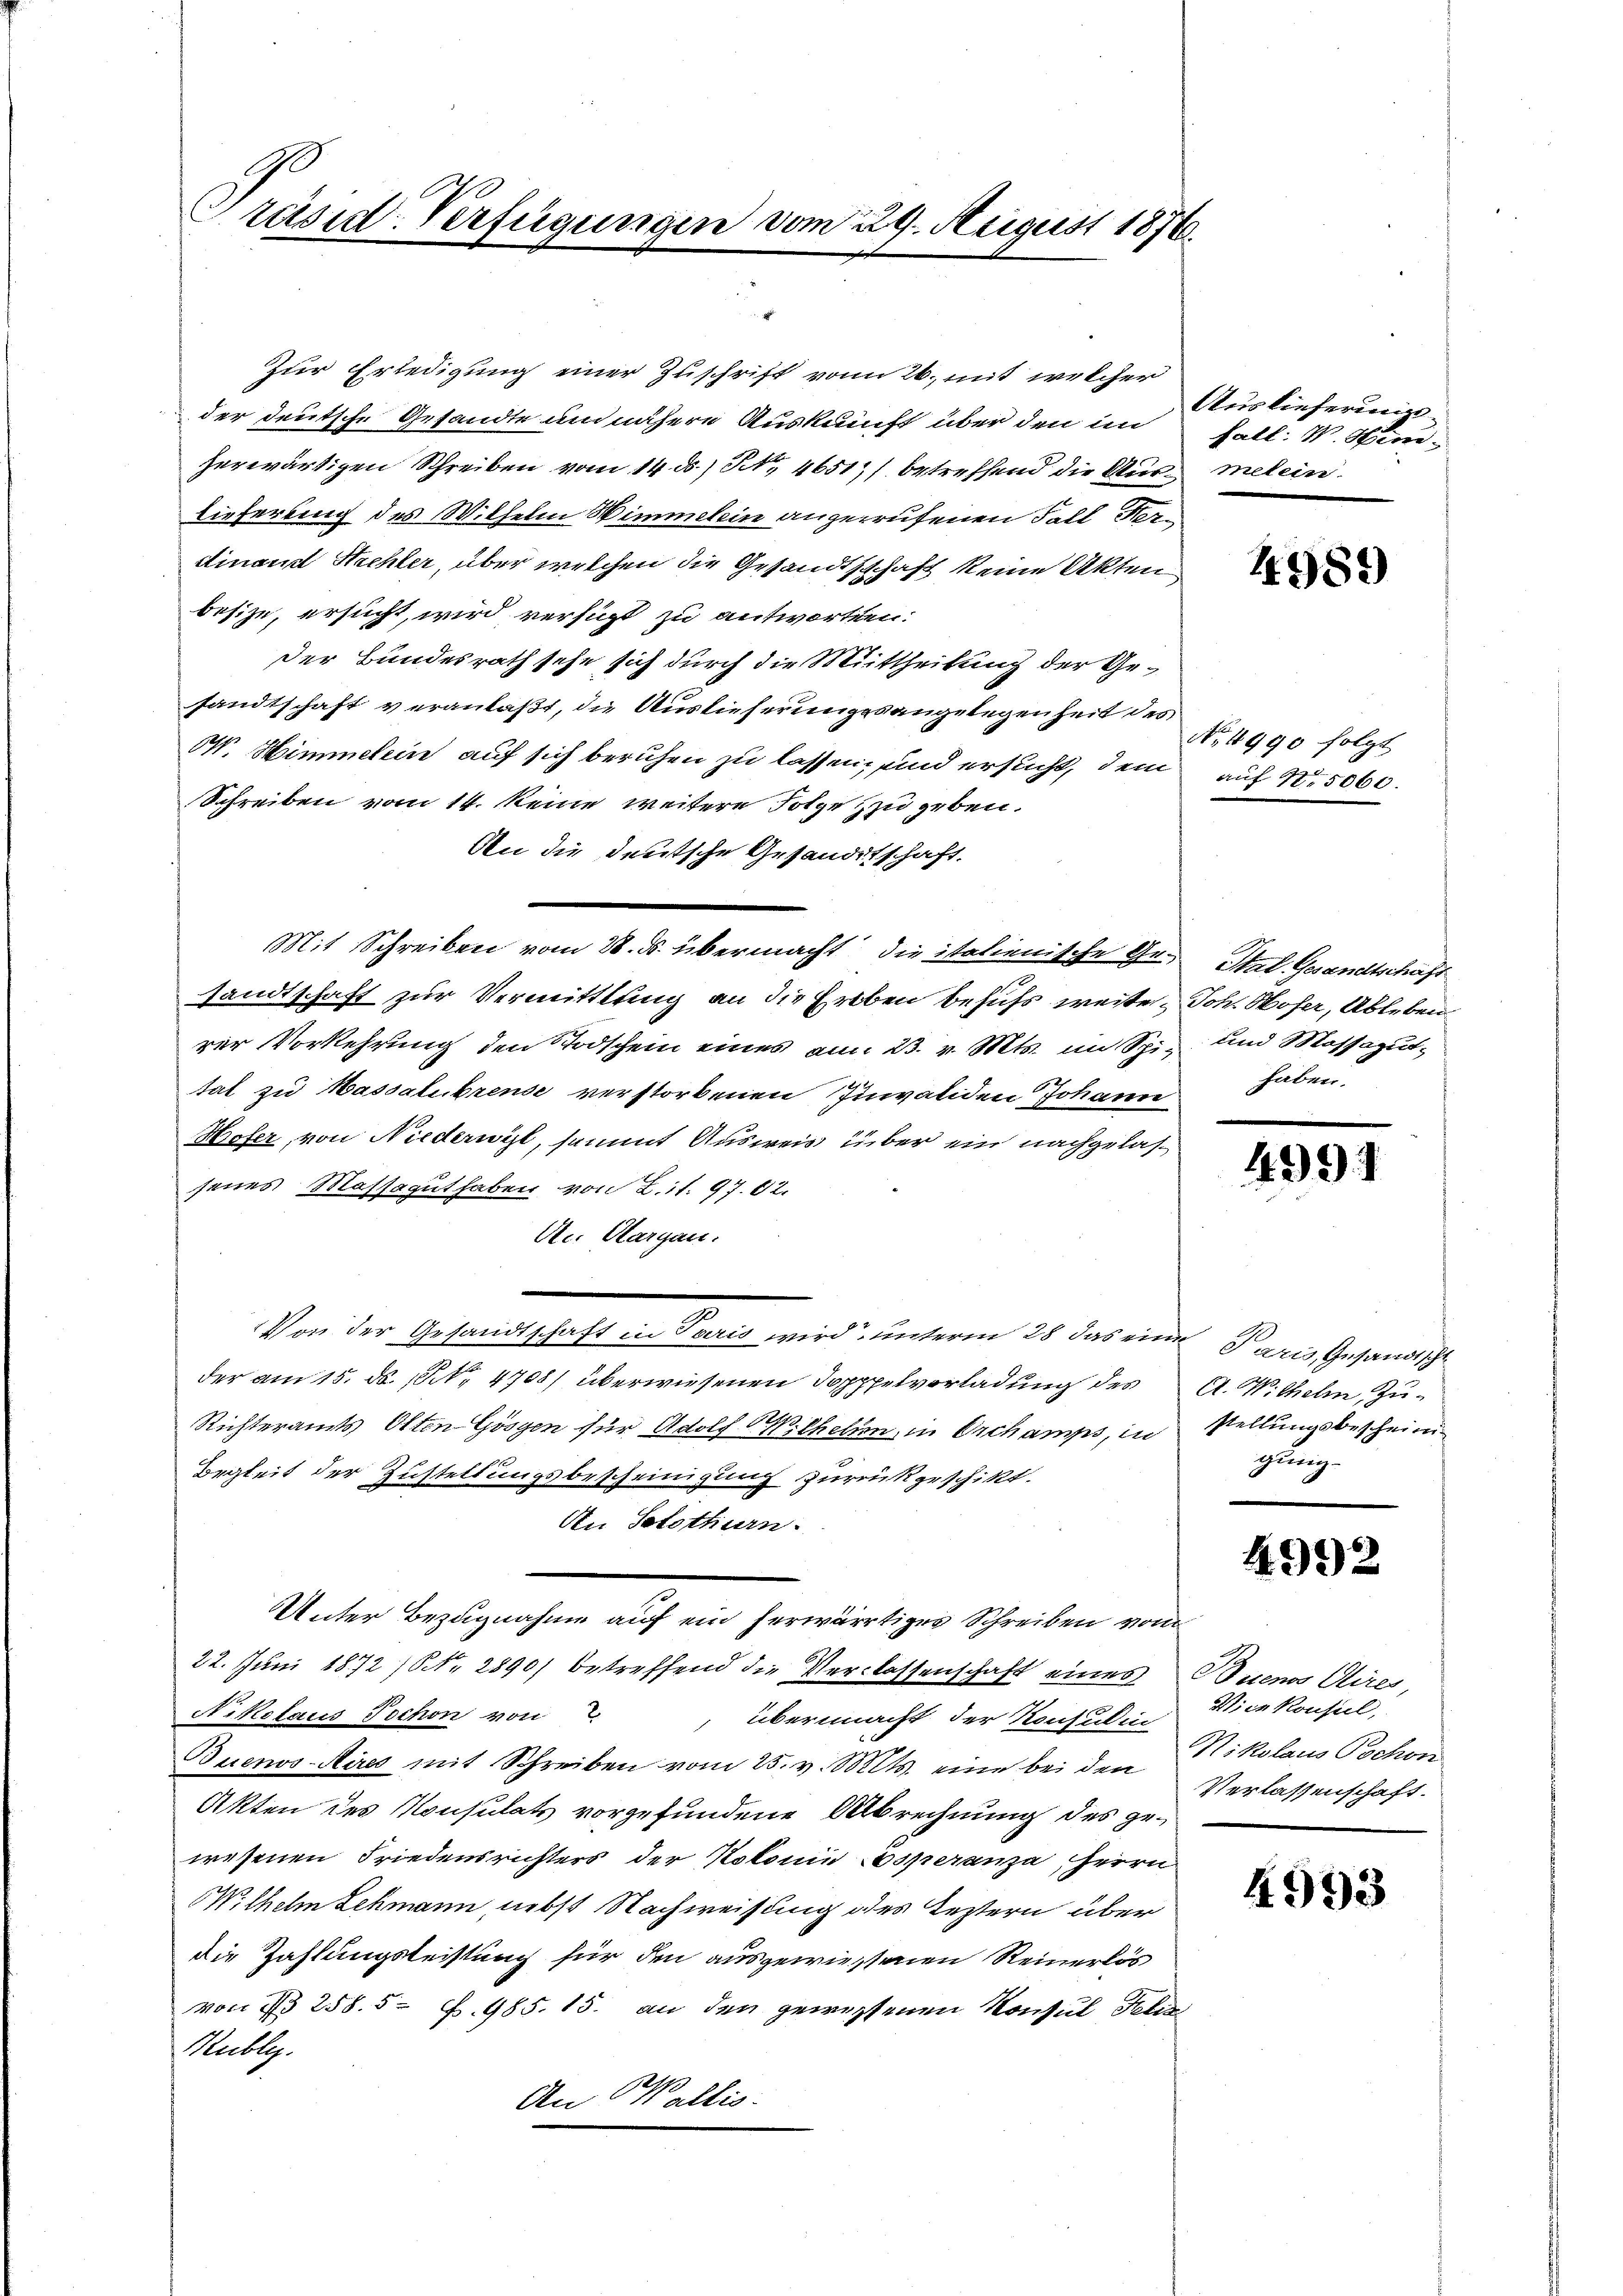
Präsid. Verfügungen vom 29. August 1876.

Zur Erledigung einer Zuschrift von 26. mit welcher
der deutsche Gesandte um nähere Auskunft über den in
herwärtigen Schreiben vom 14. ds., N. 4651) betreffend die Aus¬
Lieferung des Wilhelm Wimmelein angerufenen Fall Herdinand Strehler, über welchen die Gesandtschaft keine Akten
besize, ersucht, wird verfügt zu antworten.
Der Bundesrath sehe sich durch die Mittheilung der Gesandtschaft veranlaßt, die Auslieferungsangelegenheit des
W. Himmelein auf sich beruhen zu lassen, und ersucht, dem
Schreiben vom 14. keine weitere Folge zu geben.
An die deutsche Gesandtschaft.
Mit Schreiben vom 28. ds. übermacht die italienische Ge-
sandtschaft zur Vermittlung an die Erben behufs weiterer Vorkehrung den Todschein eines am 23. v. Mts. im Spital zu Massalibrense verstorbenen Inwalden Johann
Hefer, von Niederwyl, sammt Ausweis über ein nachgelassenes Massaguthaben von Lit. 97. 62.
Ac. Aargau.
Von der Gesandtschaft in Paris wird, unterm 28 das eine Paris, Gesandtsch
der am 15. ds. 1. 4708) überwiesenen Topppelvorladung des
Richteramts Olten Gösgen für Adolf W. Ehehen, in Orchamps, in stellungsbescheini
Begleit der Zustellungsbescheinigung zurückgeschikt.
An Solothurn.
Unter Bezugnahme auf ein herwärtiger Schreiben vom
22. Juni 1872 / Nr. 2890) betreffend die Verlassenschaft eines
Niketaus Tochon von
 übermacht der Konsulin
Buenos-Aires mit Schreiben vom 25. v. Mts. eine bei den
Akten des Konsulats vorgefundene Albrechnung des gewesenen Friedensrichters der Kolonie speranza, Herrn
Wilhelm Lehmann, nebst Nachweisung des Leztern über
die Zahlungsleistung für den ausgewiessenen Reinerlös
von § 258. 5 Z. 985. 15. an den gewissenen Konsul Fel¬
Rubliz.
An Wallis.

Auslieferungsfall. W. Hinmelein.

4989)

No. 4990 folgt
auf 15060.

4991

Stal. Gesandtschaft
Joh. Hofer, Ableben
und Massagut,
haben.

A. Wilhelm Zugung

4992

Buenos Aires,
Wien konfiel,
Nikolaus Tschon
Verlassenschaft.

4993